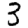
Digit: 3